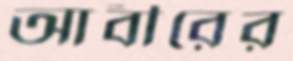
আবীরের